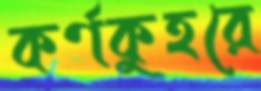
কর্ণকুহরে